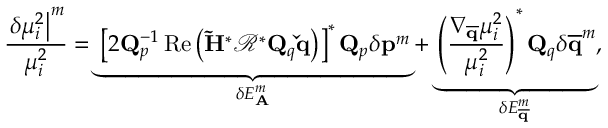
\frac { \left. \delta \mu _ { i } ^ { 2 } \right| ^ { m } } { \mu _ { i } ^ { 2 } } = \underbrace { \left[ 2 \mathbf { Q } _ { p } ^ { - 1 } \operatorname { R e } \left( \mathbf { \tilde { H } } ^ { * } \mathbf { \mathcal { R } } ^ { * } \mathbf { Q } _ { q } \mathbf { \check { q } } \right) \right] ^ { * } \mathbf { Q } _ { p } \delta \mathbf { p } ^ { m } } _ { \delta E _ { \mathbf { A } } ^ { m } } + \underbrace { \left( \frac { \nabla _ { \mathbf { \overline { { q } } } } \mu _ { i } ^ { 2 } } { \mu _ { i } ^ { 2 } } \right) ^ { * } \mathbf { Q } _ { q } \delta \mathbf { \overline { { q } } } ^ { m } } _ { \delta E _ { \mathbf { \overline { { q } } } } ^ { m } } ,